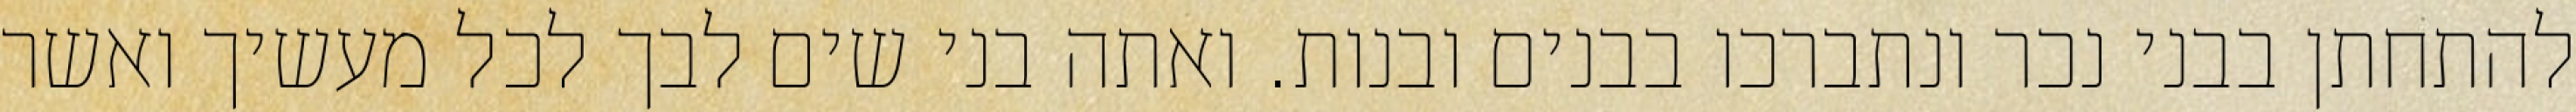
להתחתן בבני נכר ונתברכו בבנים ובנות. ואתה בני שים לבך לכל מעשיך ואשר